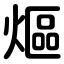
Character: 熰